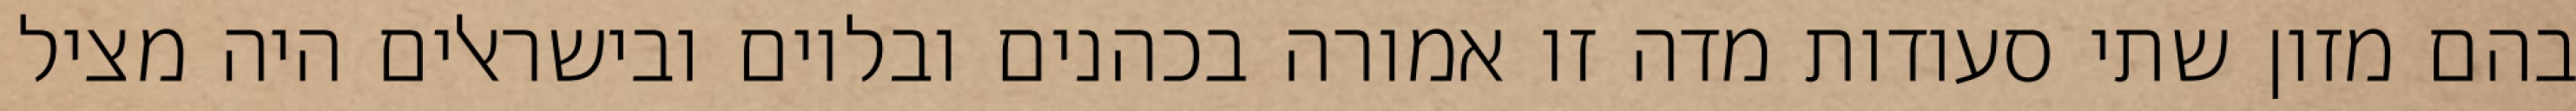
בהם מזון שתי סעודות מדה זו אמורה בכהנים ובלוים ובישראלים היה מציל